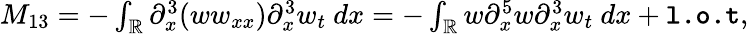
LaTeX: \begin{array}{r}{M_{13}=-\int_{\mathbb R}\partial_{x}^{3}(ww_{xx})\partial_{x}^{3}w_{t}\ dx=-\int_{\mathbb R}w\partial_{x}^{5}w\partial_{x}^{3}w_{t}\ dx+\texttt{l.o.t},}\end{array}